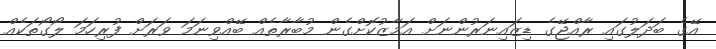
އޭގެ ބަދަލުގައި ރާއްޖޭގެ ޑިޒައިނަރުންނަށް އަމާޒުކޮށްގެން މުބާރާތެއް ބޭއްވިނަމަ ވަރަށް ފުރިހަމަ ލޯގޯތަކެއް